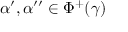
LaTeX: \alpha ^ { \prime } , \alpha ^ { \prime \prime } \in \Phi ^ { + } ( \gamma )